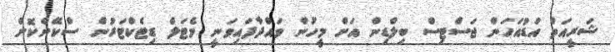
ޝަރީއަތް އަޑުއަހަން ޖަސްޓިސް ބިލްޑިން އަށް މީހުން ވައްދާފައިވަނީ މެޓަލް ޑިޓެކްޓަރުން ސްކޭންކޮށް